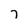
Character: 7